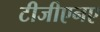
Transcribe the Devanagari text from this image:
टीजीएनए